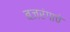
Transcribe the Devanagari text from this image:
बजरंगाचे